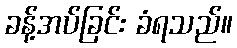
ခန့်အပ်ခြင်း ခံရသည်။